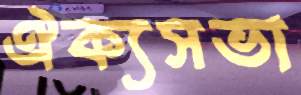
ঐক্যসভা